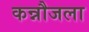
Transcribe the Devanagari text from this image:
कन्नौजला